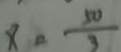
x = \frac { 5 0 } { 3 }